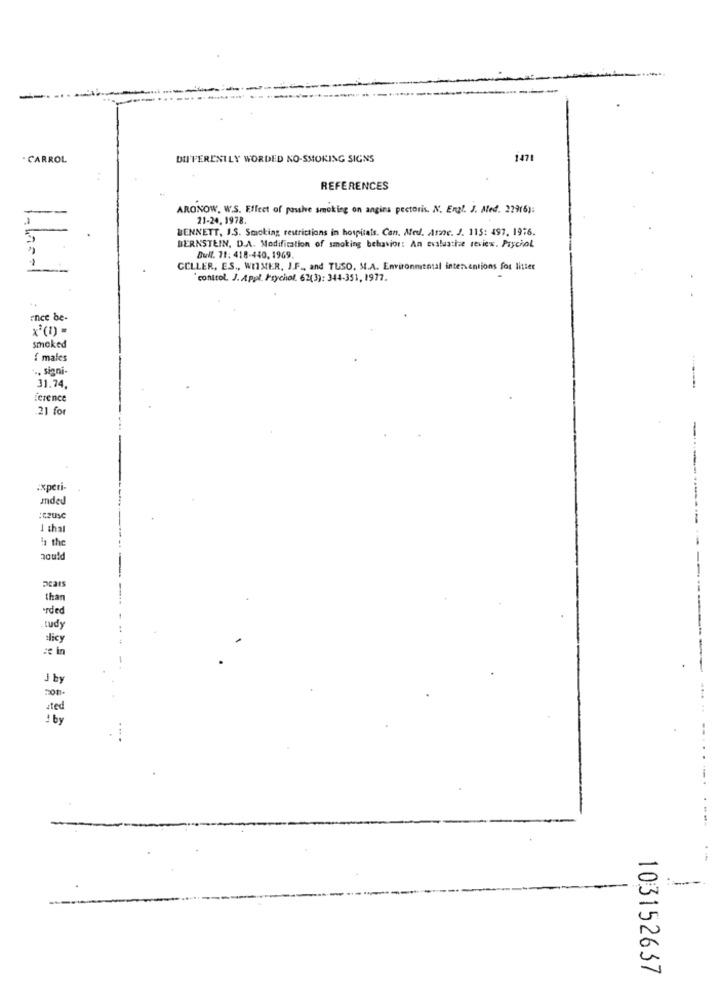
. CARROL
DIFFERENTLY WORDED NO-SMOKING SIGNS
1471
REFERENCES
-
ARONOW. W.S. Effect of passive smoking on angina pectoris. N. Engl. J. Med. 22916):
21-24. 1978.
BENNETT, I.S. Smoking restrictions in hospitals. Can. Med. Are. J. 115: 497. 19:6.
BERNSTEIN, D.A. Modification of smoking behavior: An evaluatie review. Psychol
Bull. 71: 418-440, 1969.
CELLER, ES ., WITMER, J.F ., and TUSO, S.A. Environmental interventions for litter
"control. J. Appl. Psychol. 62(3): 344-351, 1977.
ance be-
x2(1) -
smoked
{ males
., signi-
31.74,
ference
.21 for
Experi-
mded
:COUSC
I tha
11 the
than
rded
tudy
alicy
J by
mon
sted
1 by
103152637